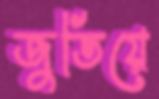
জুতিয়ে